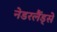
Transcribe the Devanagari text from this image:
नेडरलैंड्से